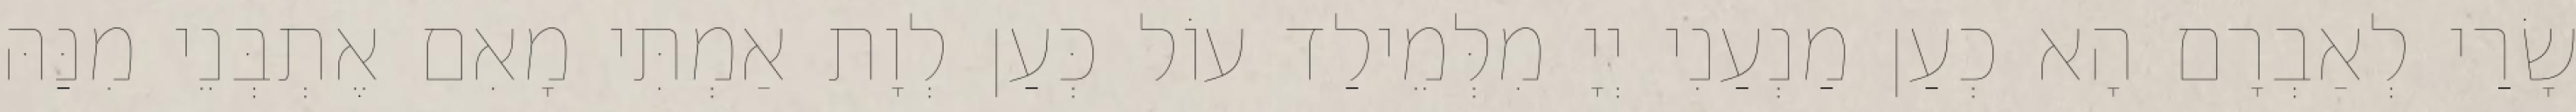
שָׂרַי לְאַבְרָם הָא כְעַן מַנְעַנִי יְיָ מִלְּמֵילַד עוֹל כְּעַן לְוָת אַמְתִּי מָאִם אֶתְבְּנֵי מִנַּהּ